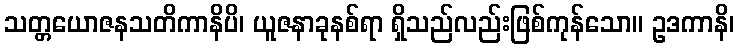
သတ္တယောဇနသတိကာနိပိ၊ ယူဇနာခုနစ်ရာ ရှိသည်လည်းဖြစ်ကုန်သော။ ဥဒကာနိ၊